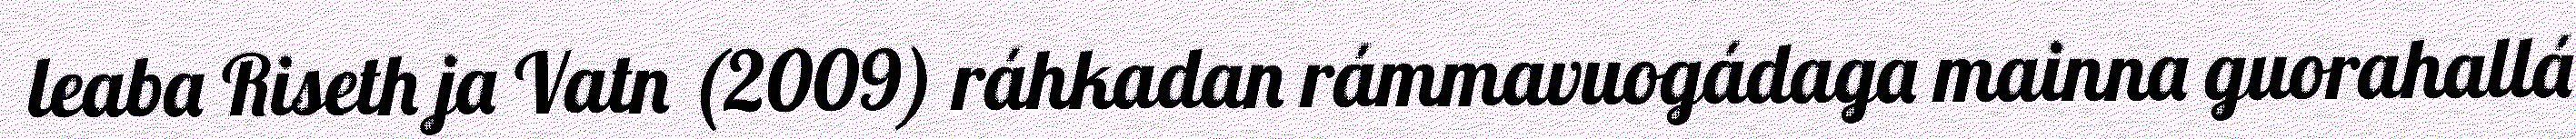
leaba Riseth ja Vatn (2009) ráhkadan rámmavuogádaga mainna guorahallá